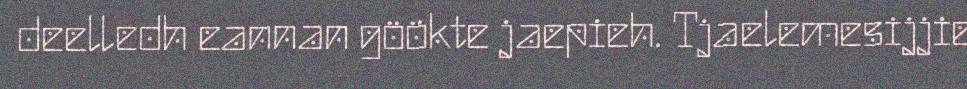
deelledh eannan göökte jaepieh. Tjaelemesijjie